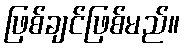
ဖြစ်ချင်ဖြစ်မည်။